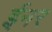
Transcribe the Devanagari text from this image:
ईनर